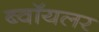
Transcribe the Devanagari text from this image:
ब्वॉयलर